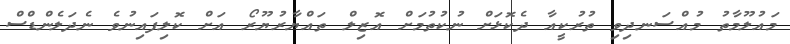
މައުލޫމާތު މުއްސަނދިވި ތުރުކީއާ ދެކޮޅަށް ނުކުތުމަށް އޮޒިލް ތައްޔާރުޔޫރޯ އަށް ކޮލިފައިނުވެ ނެދަލެންޑްސް